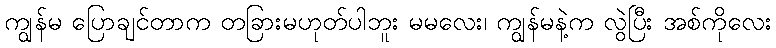
ကျွန်မ ပြောချင်တာက တခြားမဟုတ်ပါဘူး မမလေး၊ ကျွန်မနဲ့က လွဲပြီး အစ်ကိုလေး